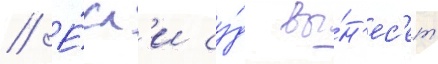
// Е́сл'и су́д вы́н'ес'ет